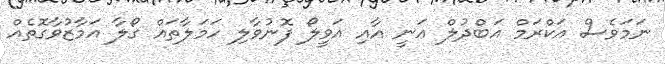
ނަމަވެސް އަކްރަމް އަބްދުލް ޢަނީ އާއި އަވީލޯ ފޮނުވާލި ހަމަލާތައް ގޯލާ އަމާޒުވާގޮތެއް